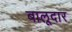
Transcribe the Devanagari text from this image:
बालूदार